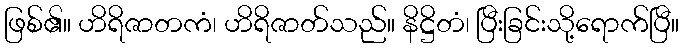
ဖြစ်၏။ ဟိရိဇာတကံ၊ ဟိရိဇာတ်သည်။ နိဋ္ဌိတံ၊ ပြီးခြင်းသို့ရောက်ပြီ။